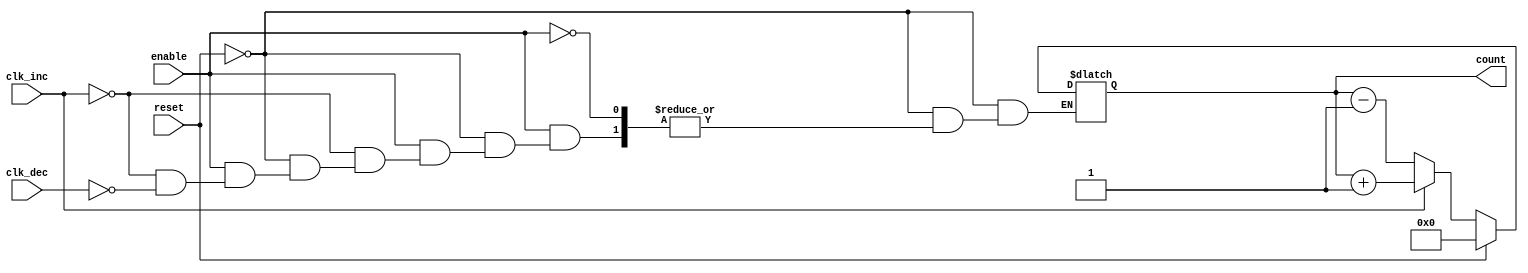
module dynamic_asynchronous_counter (
    input wire clk_inc,          // Asynchronous increment signal
    input wire clk_dec,          // Asynchronous decrement signal
    input wire enable,           // Enable signal for counting
    input wire reset,            // Asynchronous reset signal
    output reg [3:0] count       // 4-bit count output
);

// Asynchronous reset
always @(*) begin
    if (reset) begin
        count = 4'b0000; // Reset count to 0
    end else if (enable) begin
        if (clk_inc) begin
            count = count + 1; // Increment count
        end else if (clk_dec) begin
            count = count - 1; // Decrement count
        end
    end
end

endmodule